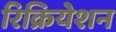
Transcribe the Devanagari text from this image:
रिक्रियेशन